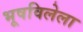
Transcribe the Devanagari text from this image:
भूषविलेला